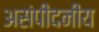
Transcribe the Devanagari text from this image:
असंपीदनीय